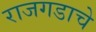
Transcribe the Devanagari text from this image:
राजगडाचे